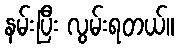
နမ်းပြီး လွမ်းရတယ်။